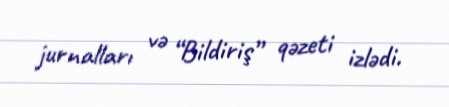
jurnalları və “Bildiriş” qəzeti izlədi.